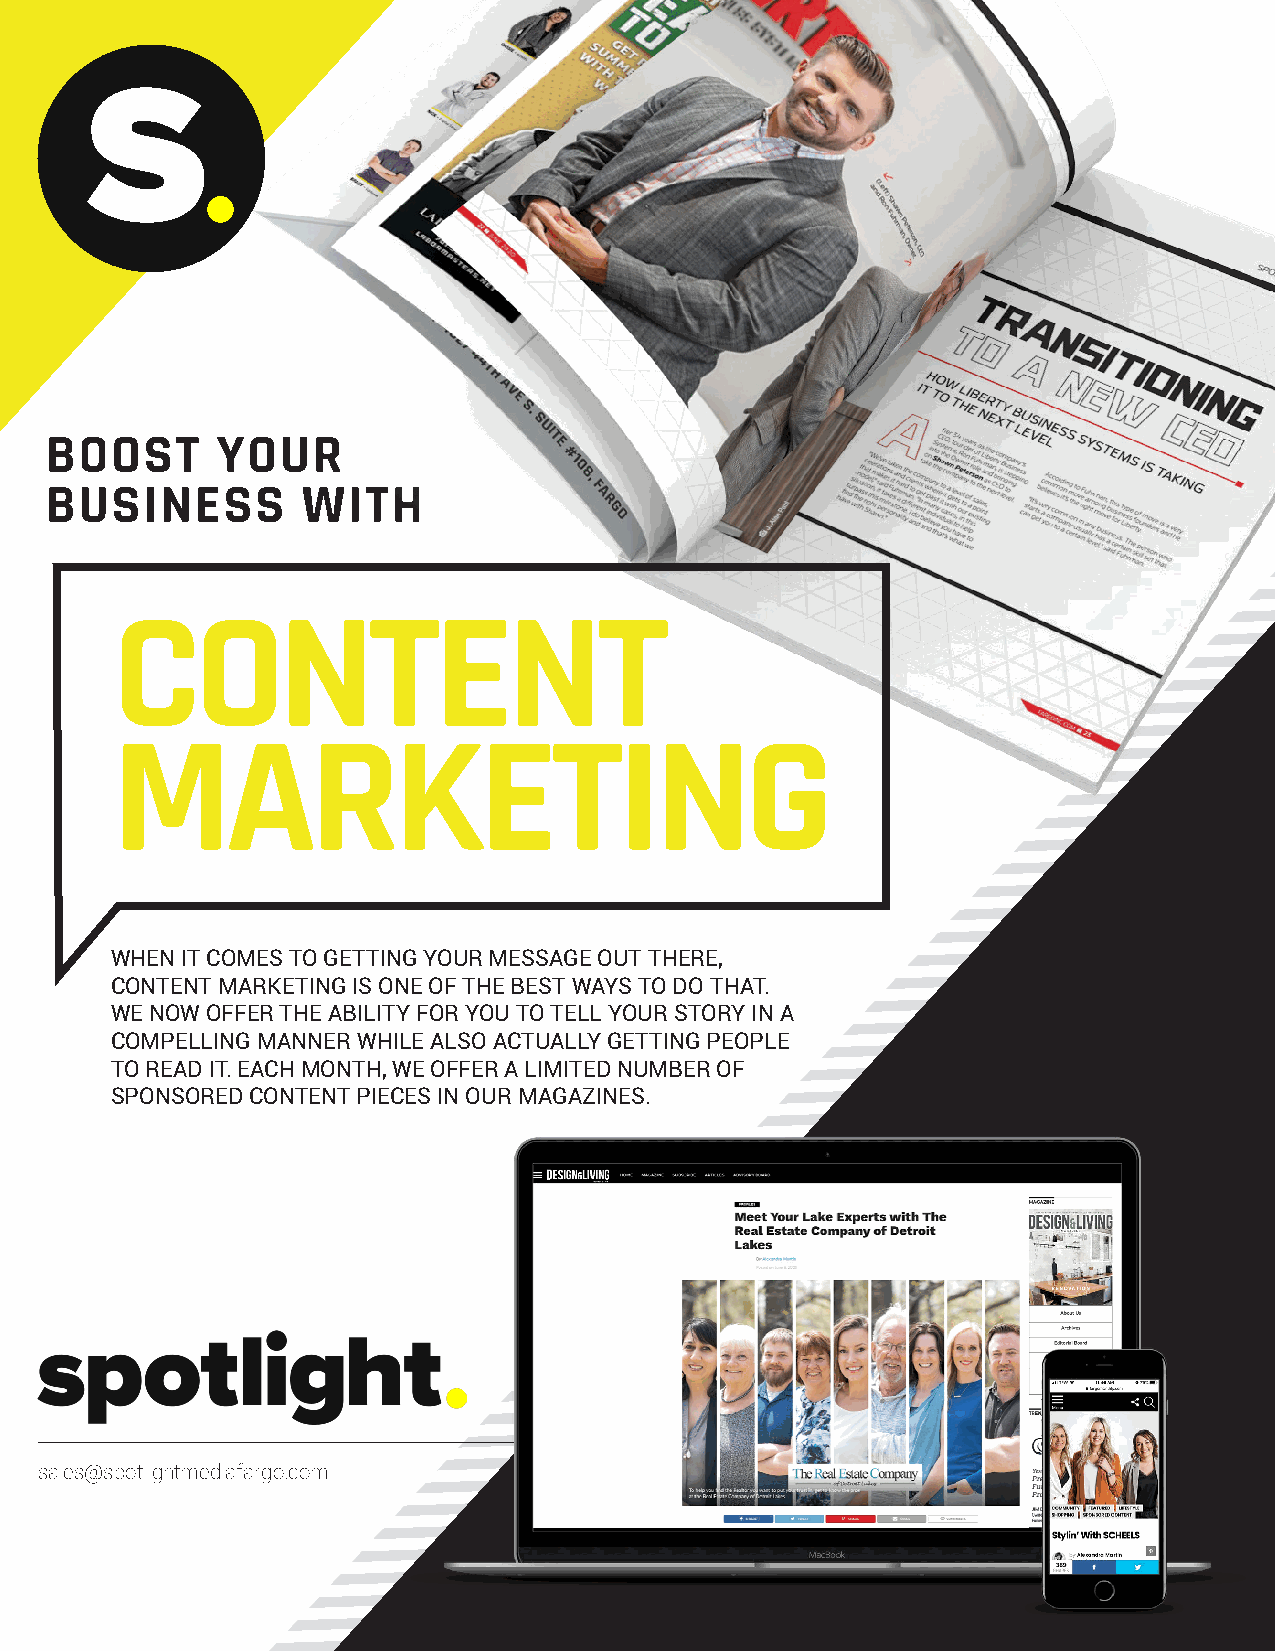
BOOST      YOUR
 BUSINESS         WITH
 CONTENT
 MARKETING
 WHEN IT COMES TO GETTING YOUR MESSAGE OUT THERE,
 CONTENT MARKETING IS ONE OF THE BEST WAYS TO DO THAT.
 WE NOW OFFER THE ABILITY FOR YOU TO TELL YOUR STORY IN A
 COMPELLING MANNER WHILE ALSO ACTUALLY GETTING PEOPLE
 TO READ IT. EACH MONTH, WE OFFER A LIMITED NUMBER OF
 SPONSORED CONTENT PIECES IN OUR MAGAZINES.
 sales@spotlightmediafargo.com